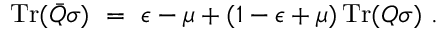
\operatorname { T r } ( { \bar { Q } } \sigma ) ~ = ~ \epsilon - \mu + ( 1 - \epsilon + \mu ) \operatorname { T r } ( Q \sigma ) ~ .